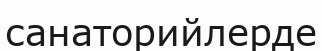
санаторийлерде